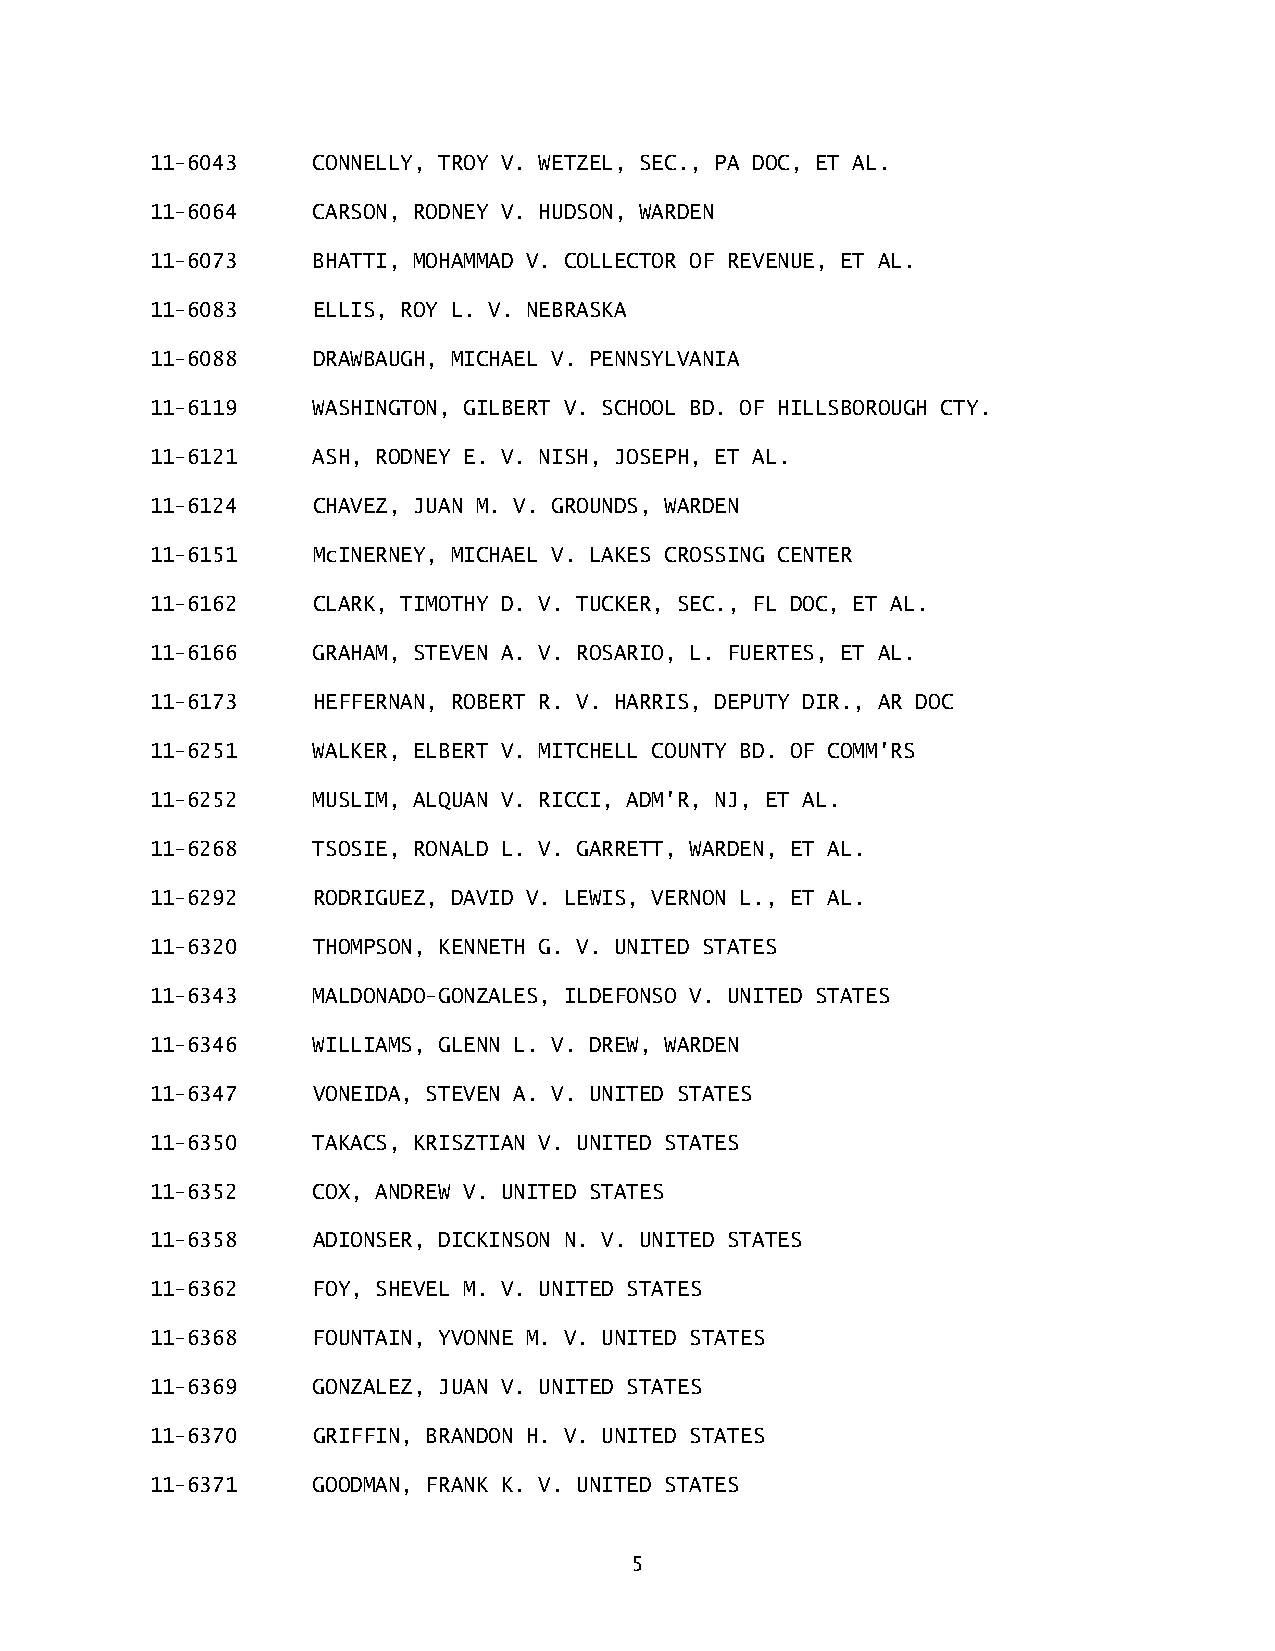
11-6043    CONNELLY, TROY V. WETZEL, SEC., PA DOC, ET AL.
 11-6064    CARSON, RODNEY V. HUDSON, WARDEN
 11-6073    BHATTI, MOHAMMAD V. COLLECTOR OF REVENUE, ET AL.
 11-6083    ELLIS, ROY L. V. NEBRASKA
 11-6088    DRAWBAUGH, MICHAEL V. PENNSYLVANIA
 11-6119    WASHINGTON, GILBERT V. SCHOOL BD. OF HILLSBOROUGH CTY.
 11-6121    ASH, RODNEY E. V. NISH, JOSEPH, ET AL.
 11-6124    CHAVEZ, JUAN M. V. GROUNDS, WARDEN
 11-6151    McINERNEY, MICHAEL V. LAKES CROSSING CENTER
 11-6162    CLARK, TIMOTHY D. V. TUCKER, SEC., FL DOC, ET AL.
 11-6166    GRAHAM, STEVEN A. V. ROSARIO, L. FUERTES, ET AL.
 11-6173    HEFFERNAN, ROBERT R. V. HARRIS, DEPUTY DIR., AR DOC
 11-6251    WALKER, ELBERT V. MITCHELL COUNTY BD. OF COMM'RS
 11-6252    MUSLIM, ALQUAN V. RICCI, ADM'R, NJ, ET AL.
 11-6268    TSOSIE, RONALD L. V. GARRETT, WARDEN, ET AL.
 11-6292    RODRIGUEZ, DAVID V. LEWIS, VERNON L., ET AL.
 11-6320    THOMPSON, KENNETH G. V. UNITED STATES
 11-6343    MALDONADO-GONZALES, ILDEFONSO V. UNITED STATES
 11-6346    WILLIAMS, GLENN L. V. DREW, WARDEN
 11-6347    VONEIDA, STEVEN A. V. UNITED STATES
 11-6350    TAKACS, KRISZTIAN V. UNITED STATES
 11-6352    COX, ANDREW V. UNITED STATES
 11-6358    ADIONSER, DICKINSON N. V. UNITED STATES
 11-6362    FOY, SHEVEL M. V. UNITED STATES
 11-6368    FOUNTAIN, YVONNE M. V. UNITED STATES
 11-6369    GONZALEZ, JUAN V. UNITED STATES
 11-6370    GRIFFIN, BRANDON H. V. UNITED STATES
 11-6371    GOODMAN, FRANK K. V. UNITED STATES
 5